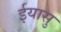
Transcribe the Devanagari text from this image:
ईयासु